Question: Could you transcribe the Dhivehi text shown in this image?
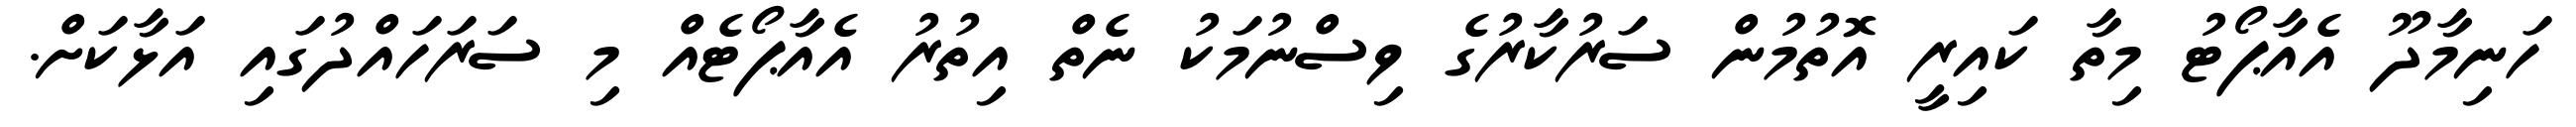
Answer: ހަނިމާދޫ އެއާޕޯޓު މިތާ ކައިރީ އޮތުމުން ސަރުކާރުގެ ވިސްނުމަކު ނެތް އިތުރު އެއާޕޯޓެއް މި ސަރަހައްދުގައި އަޅާކަށް.